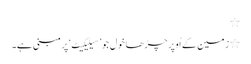
٭
٭ زمین کے اُوپر چڑھا خول جو ’سیلیکیٹ‘ پر مبنی ہے۔